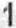
1